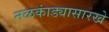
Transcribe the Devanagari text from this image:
नळकांड्यासारखे